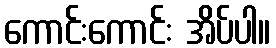
ကောင်းကောင်း အိပ်ပါ။